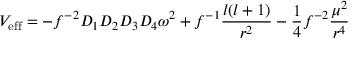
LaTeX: V _ { \mathrm { e f f } } = - f ^ { - 2 } D _ { 1 } D _ { 2 } D _ { 3 } D _ { 4 } \omega ^ { 2 } + f ^ { - 1 } { \frac { l ( l + 1 ) } { r ^ { 2 } } } - { \frac { 1 } { 4 } } f ^ { - 2 } { \frac { \mu ^ { 2 } } { r ^ { 4 } } }